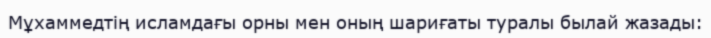
Мұхаммедтің исламдағы орны мен оның шариғаты туралы былай жазады: